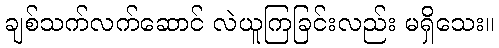
ချစ်သက်လက်ဆောင် လဲယူကြခြင်းလည်း မရှိသေး။